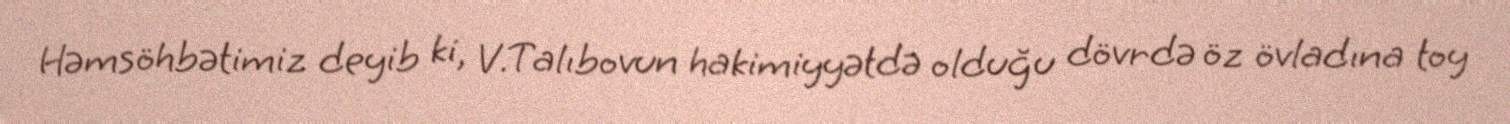
Həmsöhbətimiz deyib ki, V.Talıbovun hakimiyyətdə olduğu dövrdə öz övladına toy